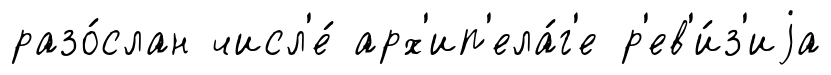
разо́слан числ'е́ арх'ип'ела́г'е р'ев'и́з'иjа